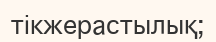
тікжерастылық;